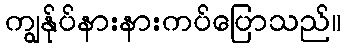
ကျွန်ုပ်နားနားကပ်ပြောသည်။